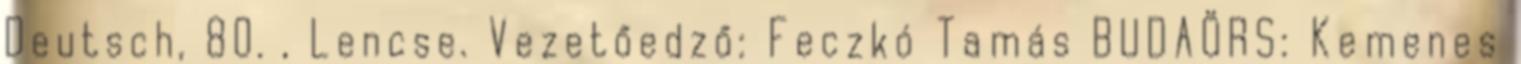
Deutsch, 80. , Lencse. Vezetőedző: Feczkó Tamás BUDAÖRS: Kemenes